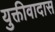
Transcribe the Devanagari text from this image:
युक्तीवादास